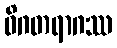
ဝိဂတရာဂဿ